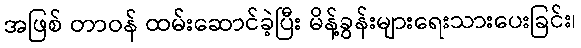
အဖြစ် တာဝန် ထမ်းဆောင်ခဲ့ပြီး မိန့်ခွန်းများရေးသားပေးခြင်း၊